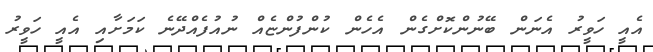
އެއީ ހަވީރު އެނަން ބޭނުންކޮށްގެން އެހެން ކުންފުންޏެއް ނުއުފެއްދޭނެ ކަމަށާއި އެއީ ހަވީރު